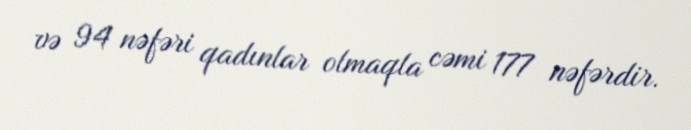
və 94 nəfəri qadınlar olmaqla cəmi 177 nəfərdir.